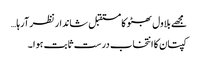
مجھے بلاول بھٹو کا مستقبل شاندار نظر آرہا…
کپتان کا انتخاب درست ثابت ہوا ۔